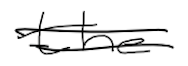
Text: the
Cross-out: double-line
Writing tool: digital_black